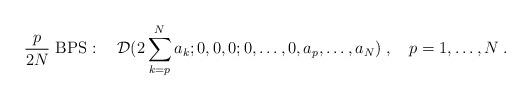
LaTeX: \begin{align*} {p\over 2N}\mbox{ BPS}:\quad {\cal D}(2\sum_{k=p}^N a_k;0,0,0;0,\ldots,0,a_p,\ldots,a_N)\;, \quad p=1,\ldots,N\;.\end{align*}